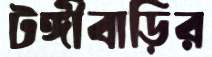
টঙ্গীবাড়ির